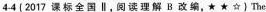
4-4 {2017 课标全国 ∥ , 阅读理解 B 改编,